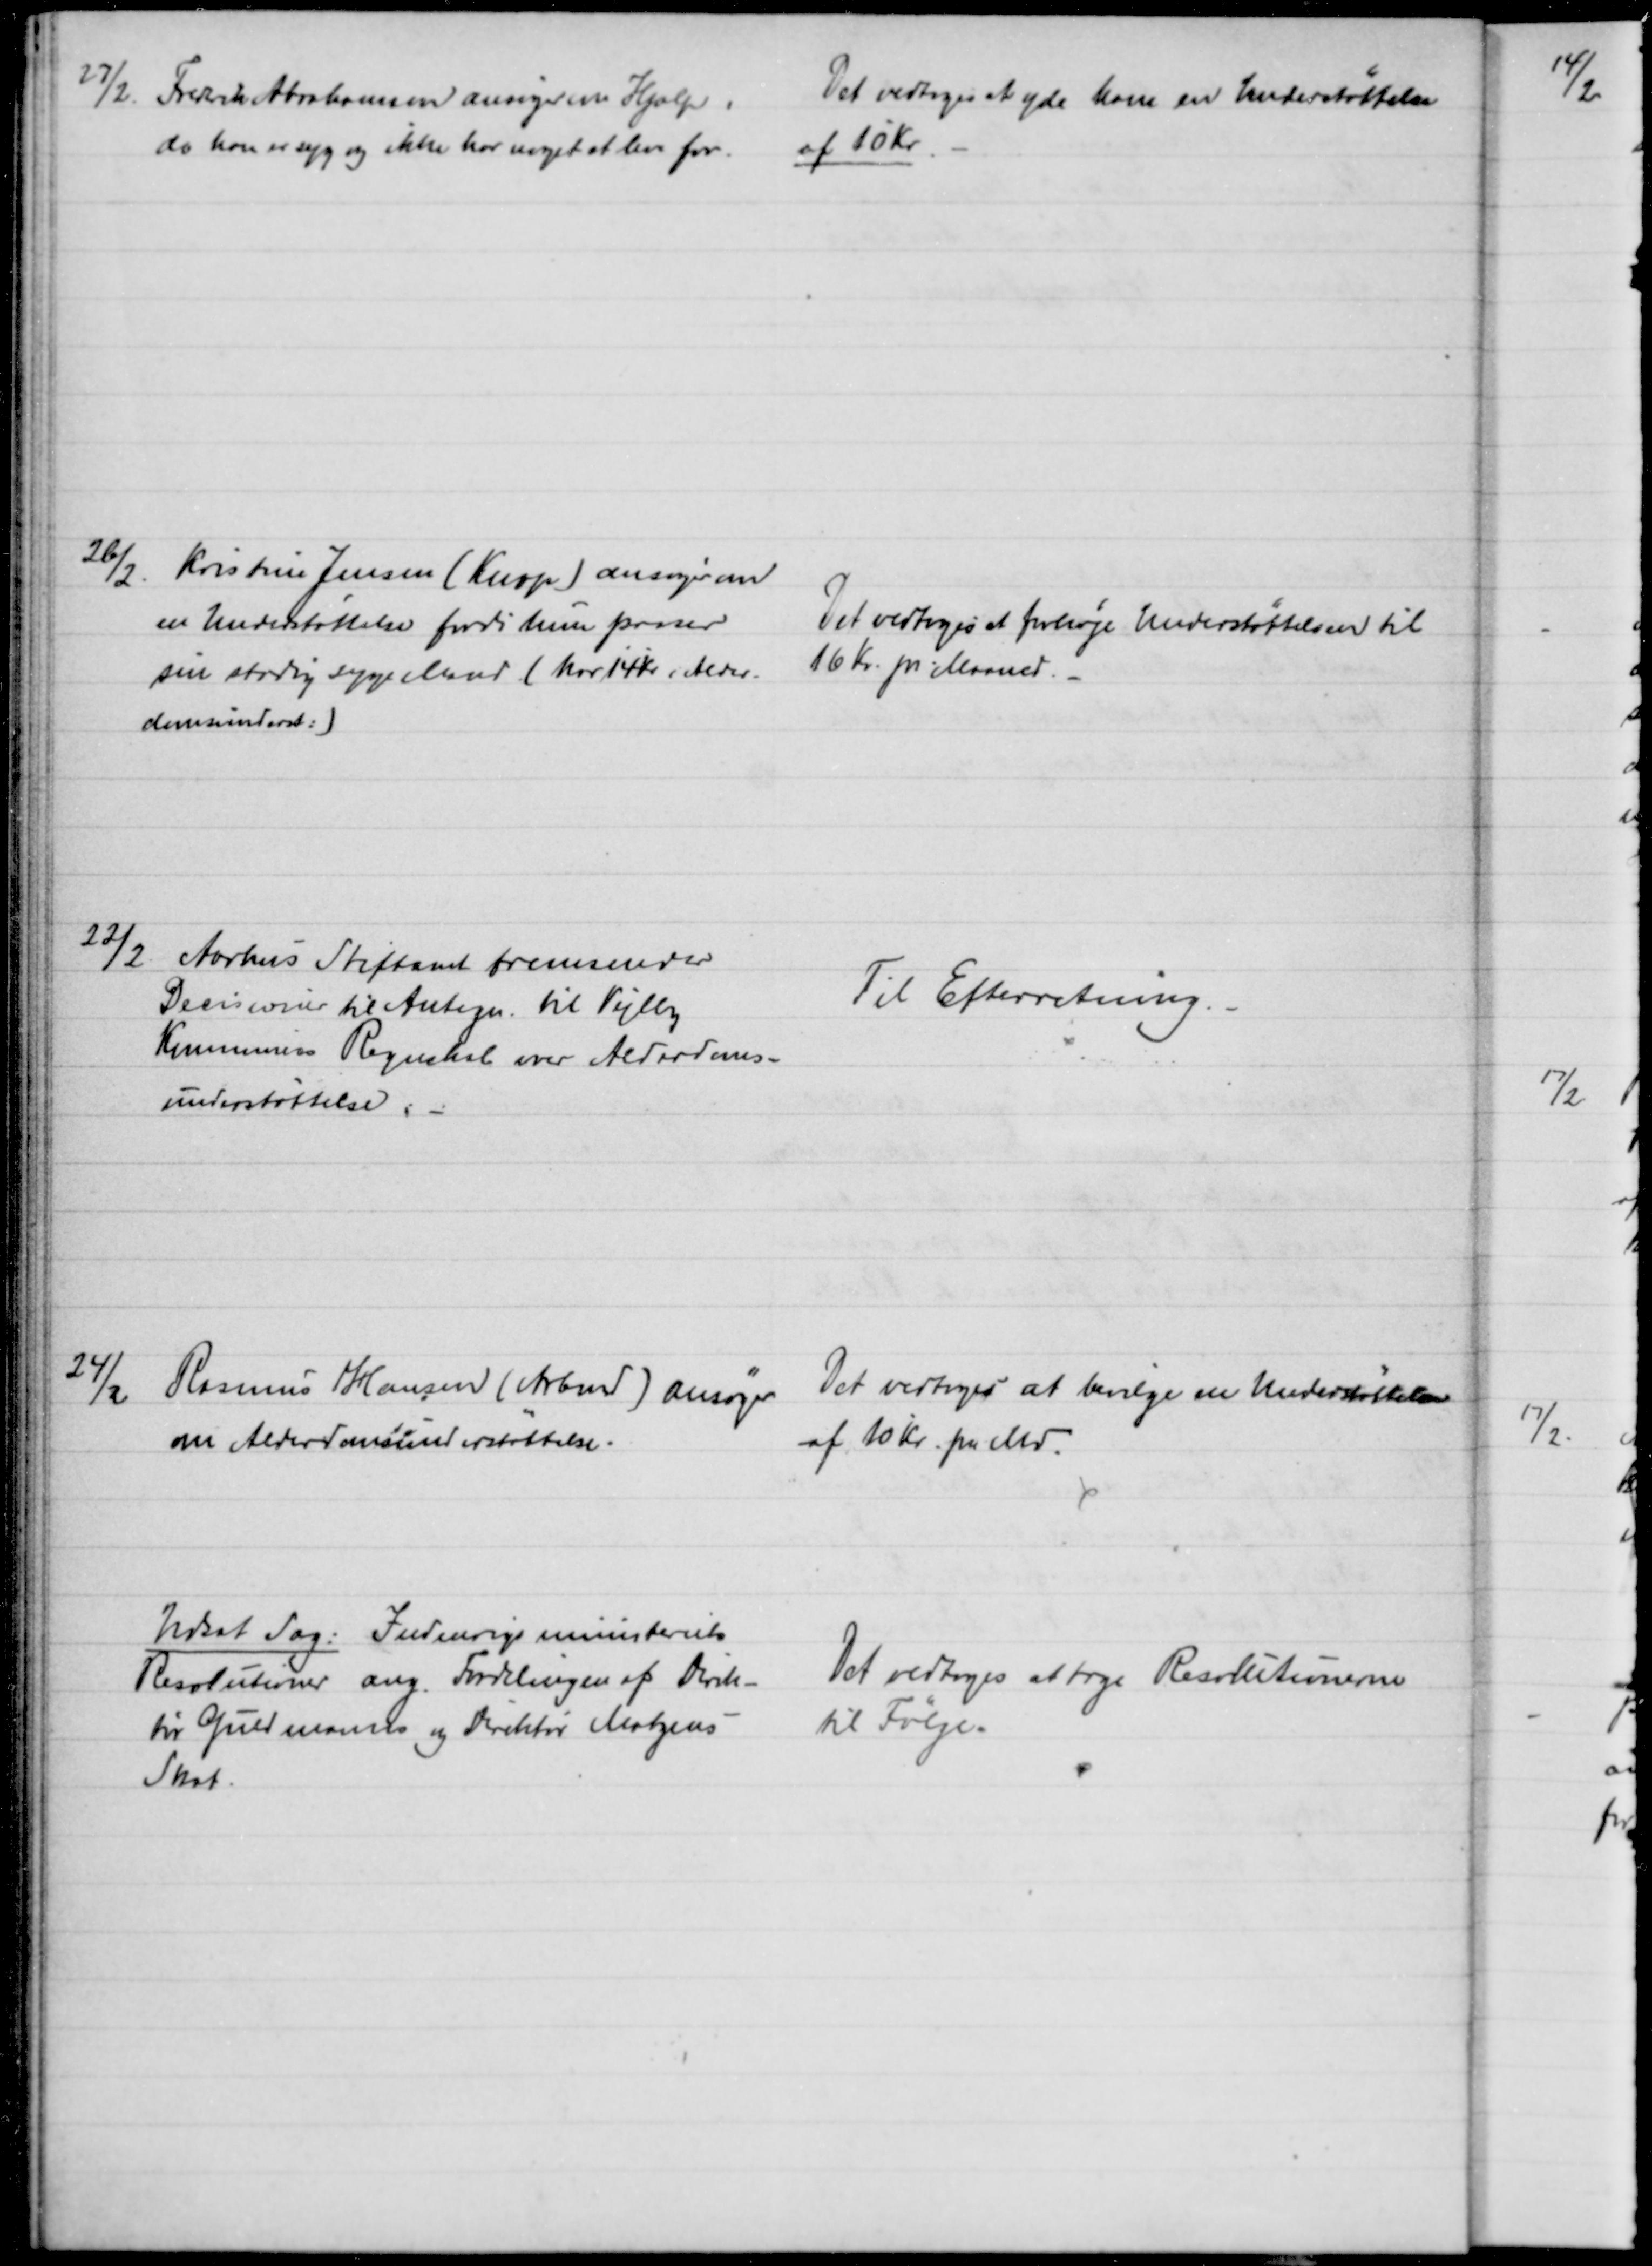
Transskription:
27/2
Fredrik Abrahamsen ansøger en Hjælp
da han er syg og ikke har noget at leve for.
Det vedtoges at yde ham en Understøttelse
af 10 Kr.
26/2
Kristine Jensen (Kurp) ansøger om
en Understøttelse fordi hun passer
sin stadig syge Mand (har 14 Kr i Alder-
domsunderst:)
Det vedtoges at forhøje Understøttelsen til 
16 Kr. pr Maaned.
22/2
Aarhus Stiftamt fremsender
Decisioner til Antegn. til Vejlby
Kommunens Regnskab over Alderdoms-
understøttelse. 
Til Efterretning.
24/2
Rasmus Hansen (Arbmd) ansøger
om Alderdomsunderstøttelse.
Det vedtoges at bevilge en Understøttelse
af 10 Kr. pr Md.
Udsat Sag: Indenrigsministeriets
Resolutioner ang. Fordelingen af Direk-
tør Guldmanns og Direktør Matzens
Skat.
Det vedtoges at tage Resolutionerne
til Følge.